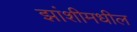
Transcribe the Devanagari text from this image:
झांशीमधील